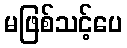
မဖြစ်သင့်ပေ